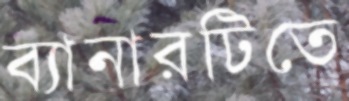
ব্যানারটিতে